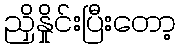
ညှိနှိုင်းပြီးတော့